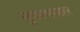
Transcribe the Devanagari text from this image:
सुपरमाडल